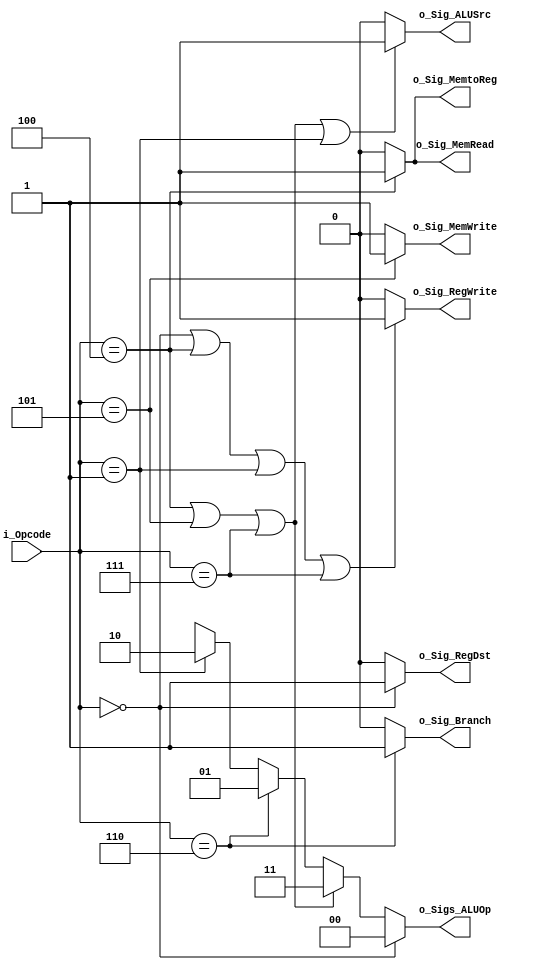
module control_unit(
    i_Opcode,
    o_Sig_RegDst,
    o_Sig_ALUSrc,
    o_Sig_MemtoReg,
    o_Sig_RegWrite,
    o_Sig_MemRead,
    o_Sig_MemWrite,
    o_Sig_Branch,
    o_Sigs_ALUOp
    );
    
    input [2:0] i_Opcode;
    output o_Sig_RegDst;
    output o_Sig_ALUSrc;
    output o_Sig_MemtoReg;
    output o_Sig_RegWrite;
    output o_Sig_MemRead;
    output o_Sig_MemWrite;
    output o_Sig_Branch;
    output [1:0] o_Sigs_ALUOp;
    
    assign o_Sig_RegDst = ( i_Opcode == 3'b000) ? 1 : 0;

    assign o_Sig_ALUSrc = ( i_Opcode == 3'b100 ||  
                            i_Opcode == 3'b101 ||  
                            i_Opcode == 3'b111 ||  
                            i_Opcode == 3'b001 ) ? 1 : 0;

    assign o_Sig_MemtoReg = ( i_Opcode == 3'b100 ) ? 1 : 0;

    assign o_Sig_RegWrite = ( i_Opcode == 3'b000 ||  
                              i_Opcode == 3'b100 ||  
                              i_Opcode == 3'b001 || 
                              i_Opcode == 3'b111) ? 1 : 0;

    assign o_Sig_MemRead = ( i_Opcode == 3'b100 ) ? 1 : 0;

    assign o_Sig_MemWrite = ( i_Opcode == 3'b101 ) ? 1 : 0;

    assign o_Sig_Branch = ( i_Opcode == 3'b110 ) ? 1 : 0;

    assign o_Sigs_ALUOp = ( i_Opcode == 3'b000) ? 2'b00 :
                          ( i_Opcode == 3'b100 || 
                            i_Opcode == 3'b101 || 
                            i_Opcode == 3'b111 ) ? 2'b11 :
                          ( i_Opcode == 3'b110) ? 2'b01 :
                          ( i_Opcode == 3'b001)? 2'b10 :
                          2'bxx;
    
endmodule